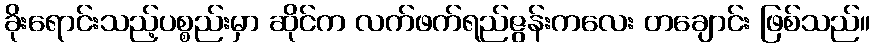
ခိုးရောင်းသည့်ပစ္စည်းမှာ ဆိုင်က လက်ဖက်ရည်ဇွန်းကလေး တချောင်း ဖြစ်သည်။